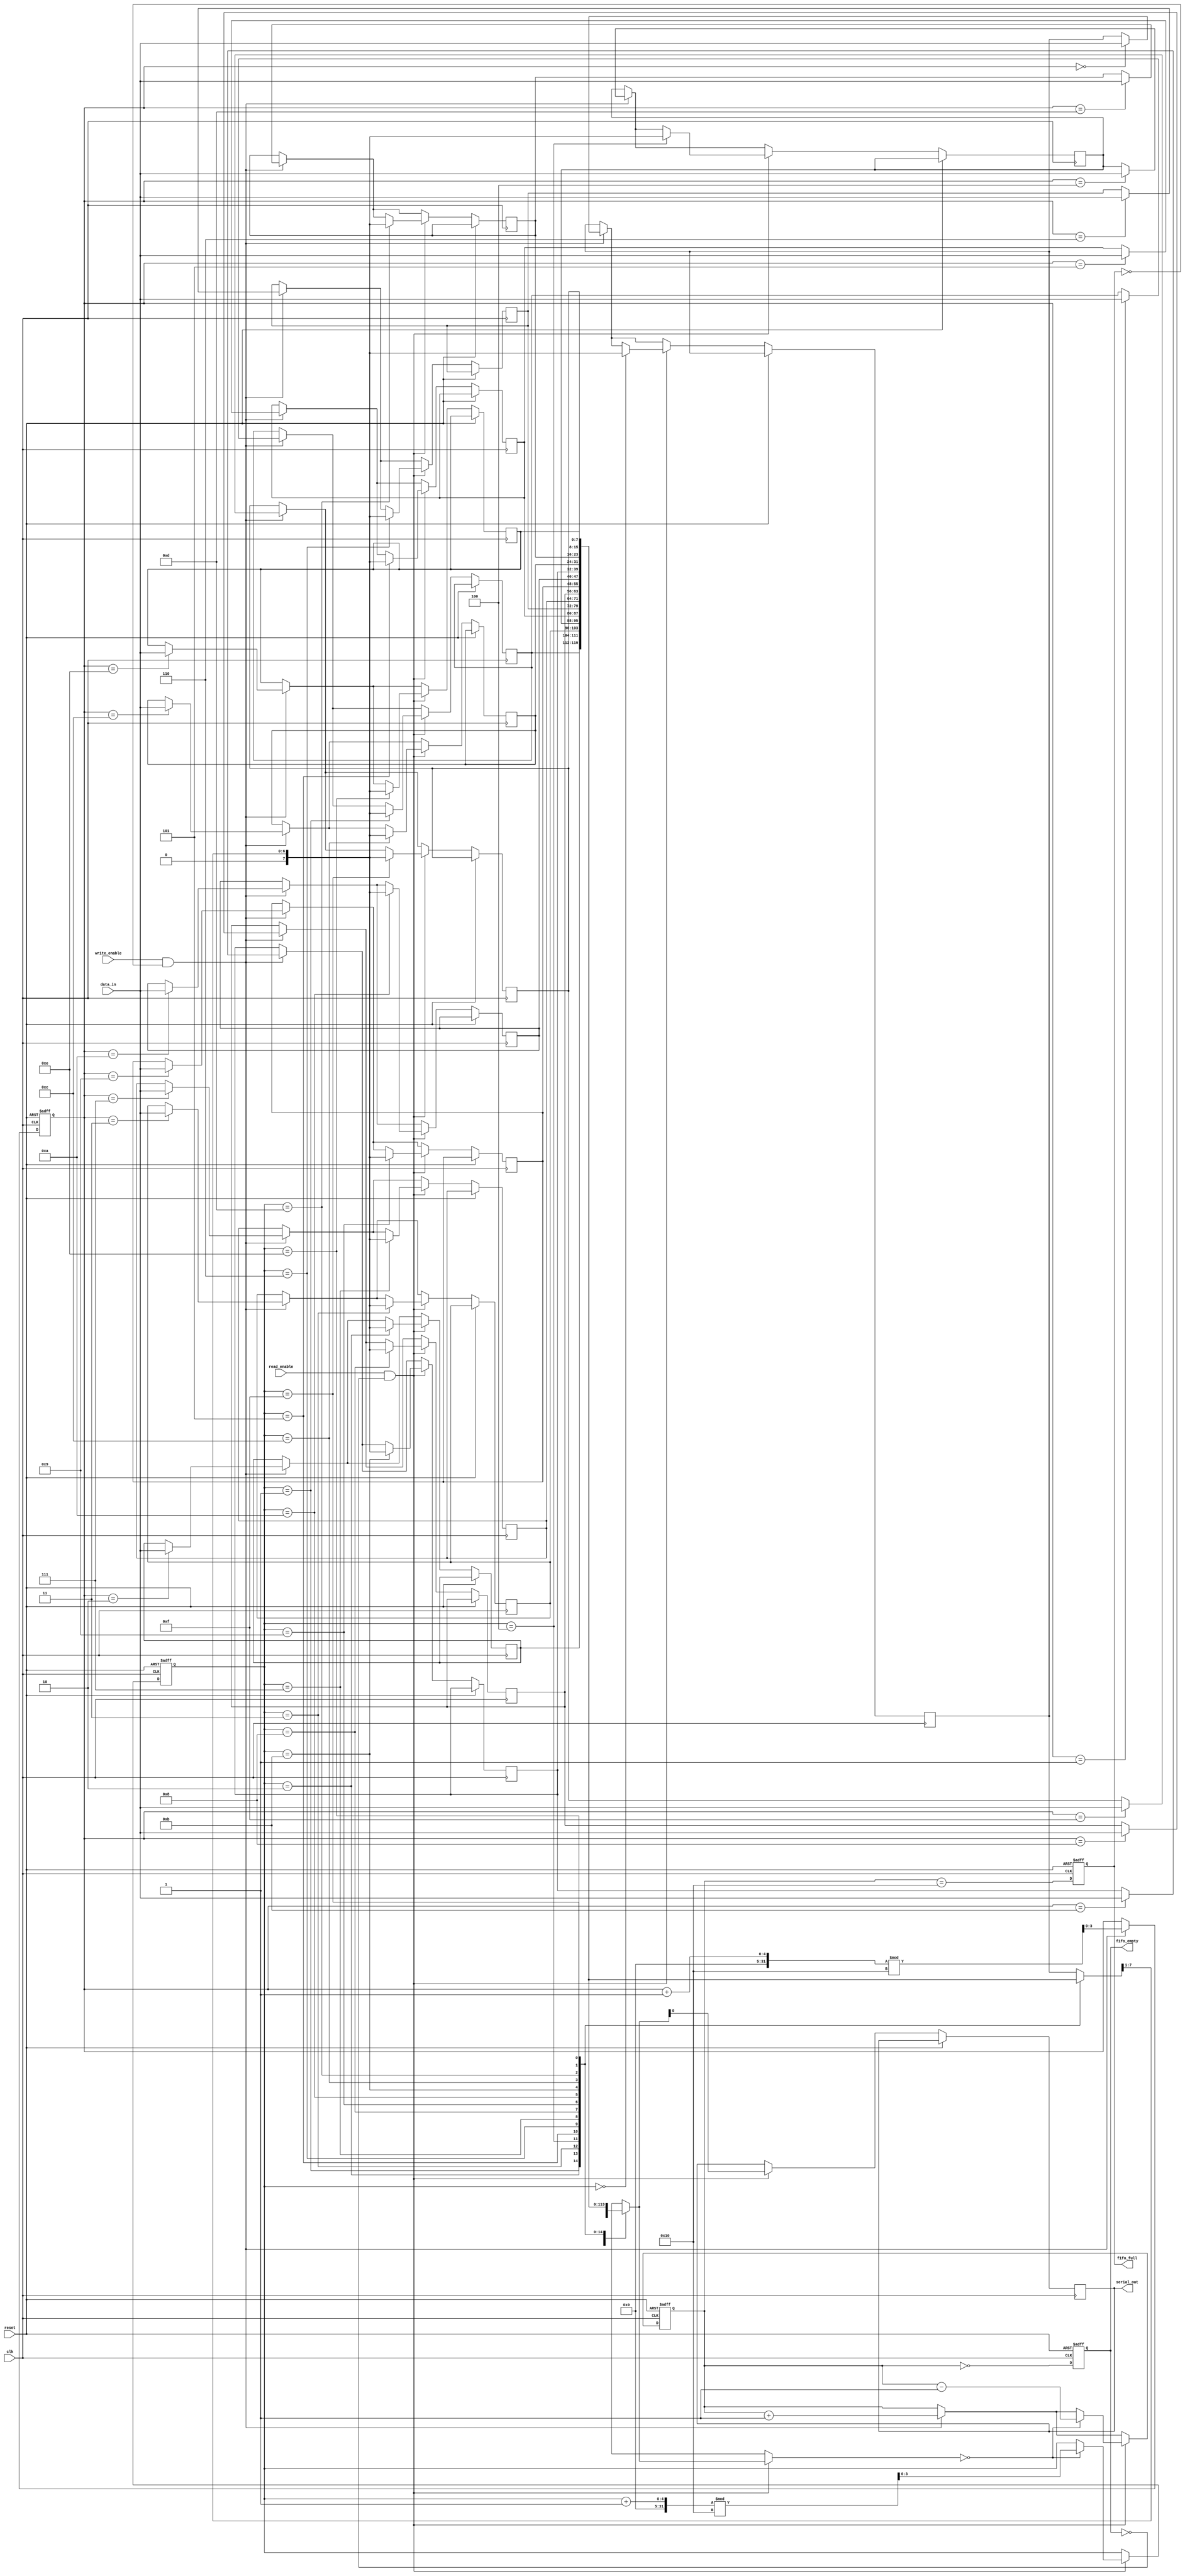
module fifo_piso #(
    parameter DATA_WIDTH = 8,  // Width of the data bus
    parameter FIFO_DEPTH = 16   // Depth of the FIFO
)(
    input wire clk,                // Clock signal
    input wire reset,              // Reset signal
    input wire write_enable,       // Write enable signal
    input wire read_enable,        // Read enable signal
    input wire [DATA_WIDTH-1:0] data_in, // Parallel data input
    output reg serial_out,         // Serial output
    output reg fifo_empty,         // FIFO empty flag
    output reg fifo_full           // FIFO full flag
);

    reg [DATA_WIDTH-1:0] fifo_mem [0:FIFO_DEPTH-1]; // FIFO memory
    reg [3:0] write_pointer;       // Write pointer
    reg [3:0] read_pointer;        // Read pointer
    reg [4:0] count;               // Count of elements in FIFO

    // Initialize pointers and flags
    always @(posedge clk or posedge reset) begin
        if (reset) begin
            write_pointer <= 0;
            read_pointer <= 0;
            count <= 0;
            fifo_empty <= 1;
            fifo_full <= 0;
        end else begin
            // Write Logic
            if (write_enable && !fifo_full) begin
                fifo_mem[write_pointer] <= data_in; // Store data
                write_pointer <= (write_pointer + 1) % FIFO_DEPTH; // Increment write pointer
                count <= count + 1; // Increment count
            end

            // Read Logic
            if (read_enable && !fifo_empty) begin
                serial_out <= fifo_mem[read_pointer][0]; // Output the LSB of the data
                fifo_mem[read_pointer] <= {1'b0, fifo_mem[read_pointer][DATA_WIDTH-1:1]}; // Shift left
                if (fifo_mem[read_pointer] == 0) begin
                    read_pointer <= (read_pointer + 1) % FIFO_DEPTH; // Increment read pointer
                    count <= count - 1; // Decrement count
                end
            end

            // Update FIFO status flags
            fifo_empty <= (count == 0);
            fifo_full <= (count == FIFO_DEPTH);
        end
    end

endmodule